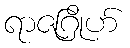
ရာဇဂြိုဟ်